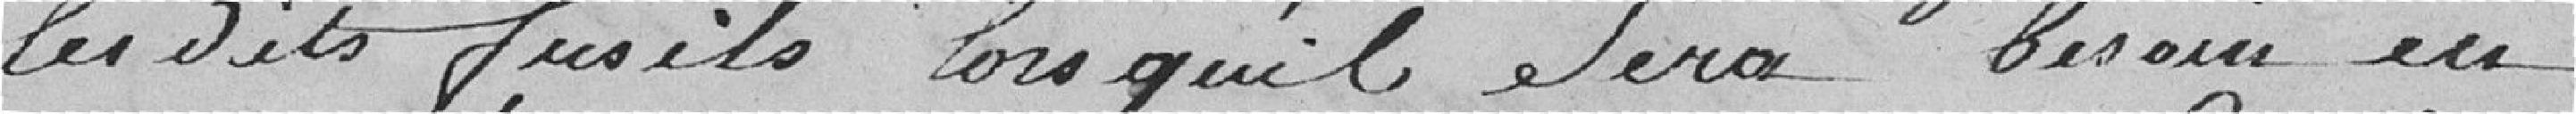
les dits fusils lorsqu'il sera besoin en